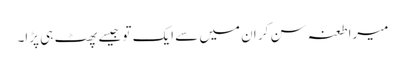
میرا طعنہ سن کر ان میں سے ایک تو جیسے پھٹ ہی پڑا۔